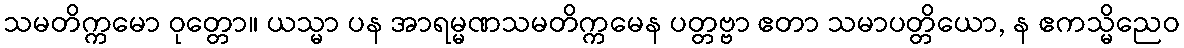
သမတိက္ကမော ဝုတ္တော။ ယသ္မာ ပန အာရမ္မဏသမတိက္ကမေန ပတ္တဗ္ဗာ ဧတာ သမာပတ္တိယော, န ဧကသ္မိညေဝ